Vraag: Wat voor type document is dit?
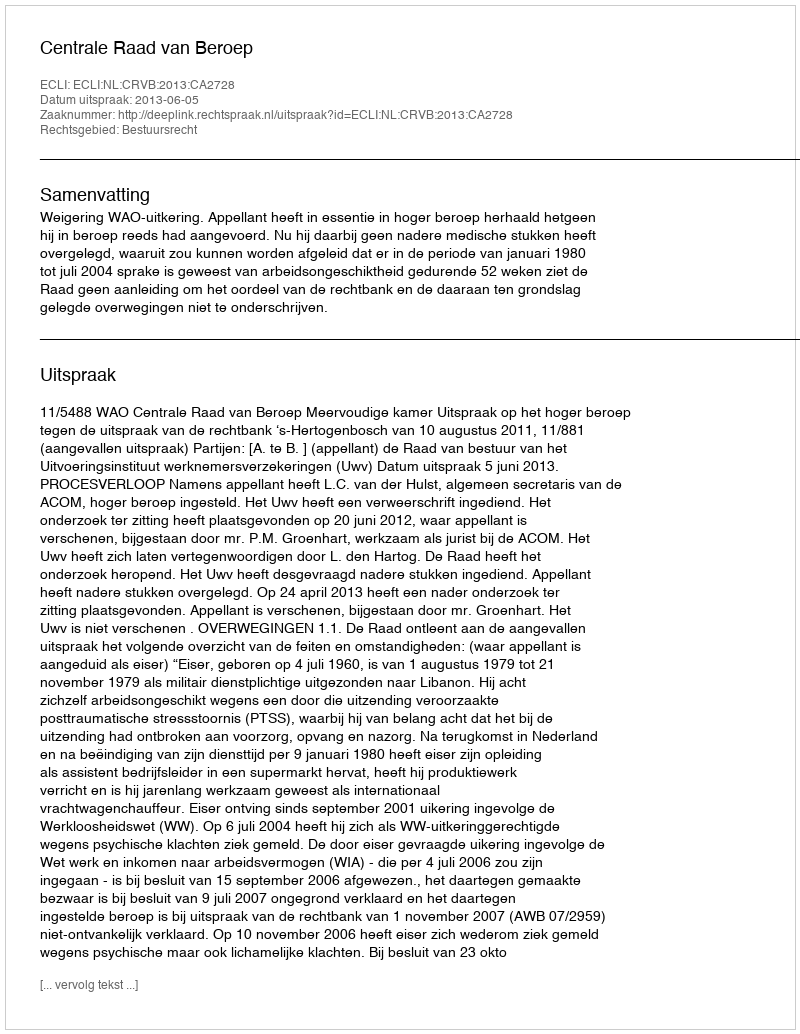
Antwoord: Uitspraak